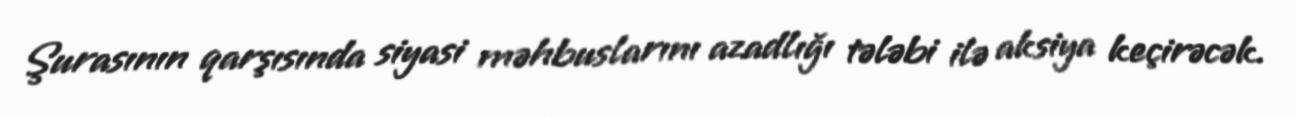
Şurasının qarşısında siyasi məhbuslarını azadlığı tələbi ilə aksiya keçirəcək.